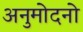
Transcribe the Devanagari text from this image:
अनुमोदनो